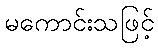
မကောင်းသဖြင့်